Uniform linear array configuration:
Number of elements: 4
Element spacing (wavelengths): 0.5
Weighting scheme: blackman
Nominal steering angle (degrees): -45
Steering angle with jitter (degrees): -44.163
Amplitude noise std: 0.05
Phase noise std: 0.05

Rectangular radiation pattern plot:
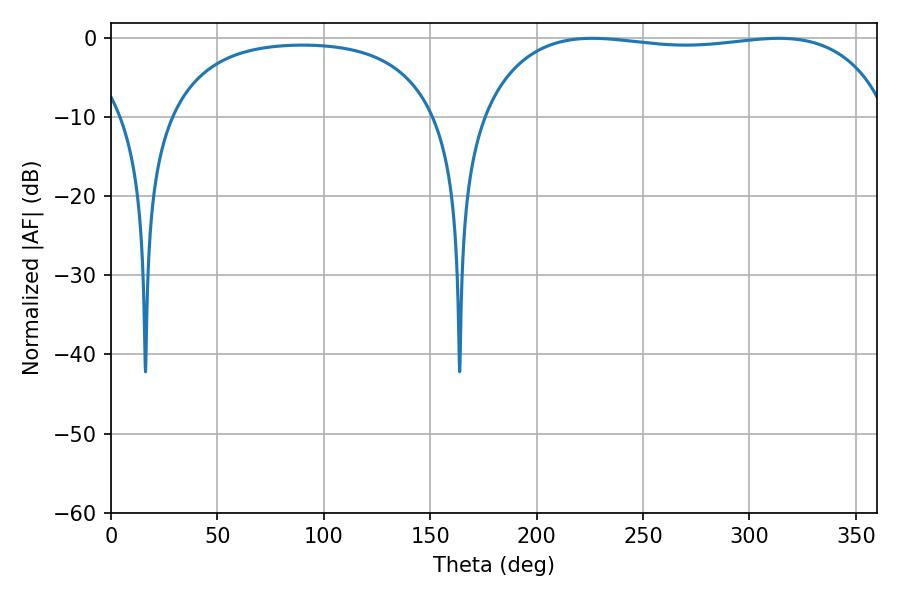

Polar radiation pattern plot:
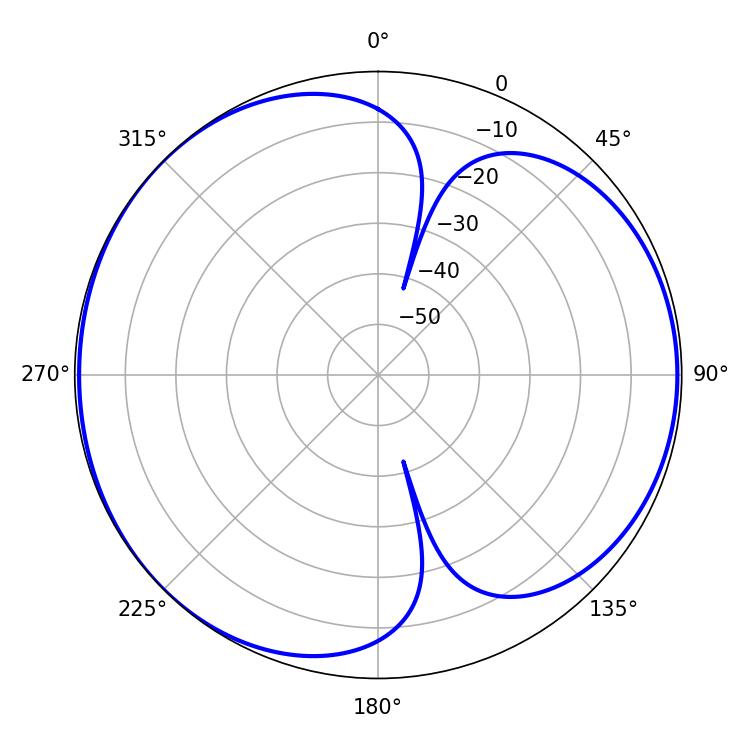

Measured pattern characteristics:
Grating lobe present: FALSE
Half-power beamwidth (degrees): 154.44
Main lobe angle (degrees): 226.08